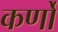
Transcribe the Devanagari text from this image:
कर्णो